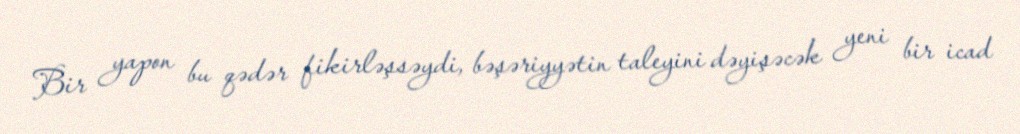
Bir yapon bu qədər fikirləşsəydi, bəşəriyyətin taleyini dəyişəcək yeni bir icad